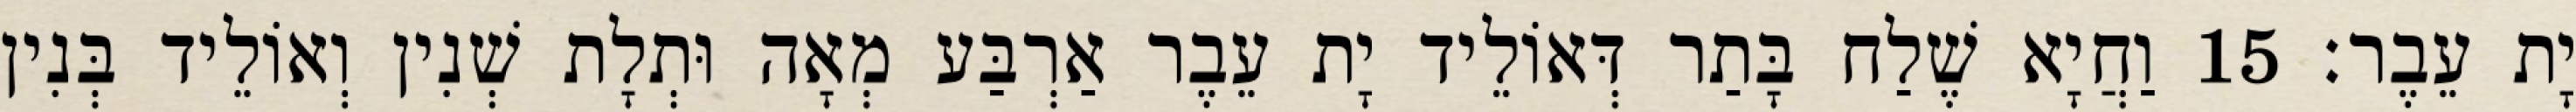
יָת עֵבֶר׃ 15 וַחֲיָא שֶׁלַח בָּתַר דְּאוֹלֵיד יָת עֵבֶר אַרְבַּע מְאָה וּתְלָת שְׁנִין וְאוֹלֵיד בְּנִין